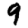
Digit: 9